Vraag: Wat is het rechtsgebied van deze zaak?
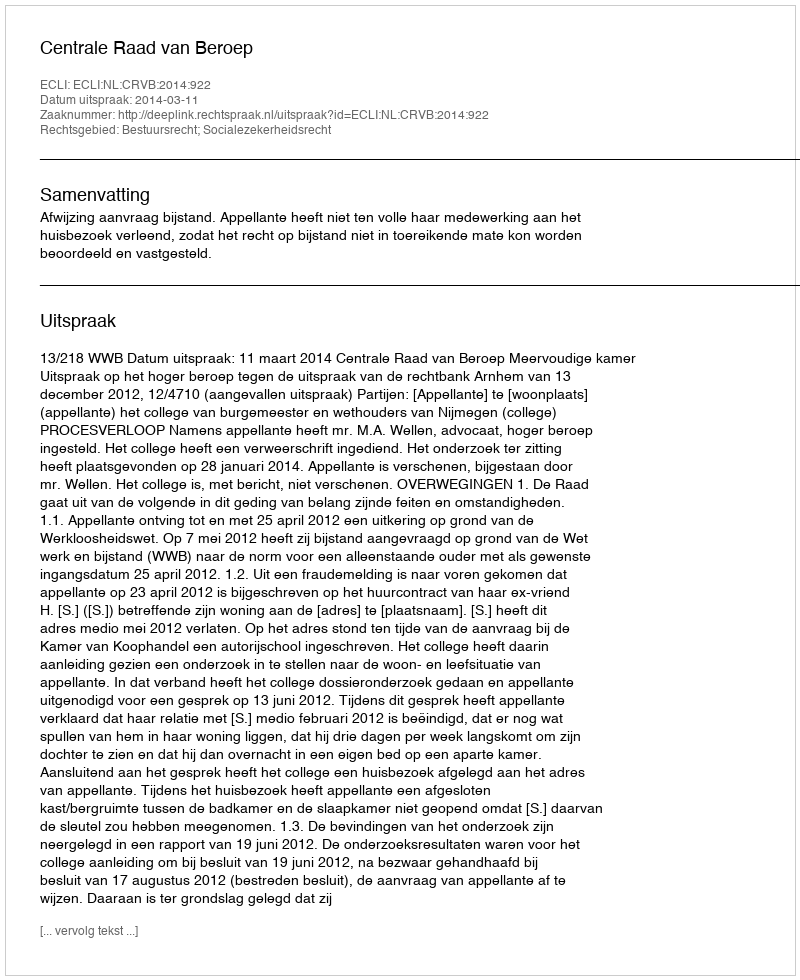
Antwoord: Bestuursrecht; Socialezekerheidsrecht